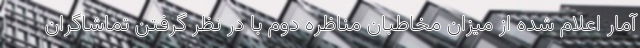
آمار اعلام شده از میزان مخاطبان مناظره دوم با در نظر گرفتن تماشاگران